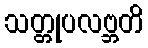
သတ္တုပလဗ္ဘတိ